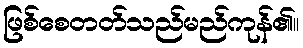
ဖြစ်စေတတ်သည်မည်ကုန်၏။